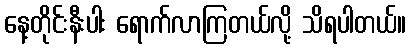
နေ့တိုင်းနီးပါး ရောက်လာကြတယ်လို့ သိရပါတယ်။